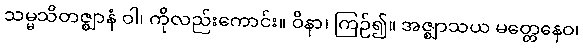
သမ္မသိတဇ္ဈာနံ ဝါ၊ ကိုလည်းကောင်း။ ဝိနာ၊ ကြဉ်၍။ အဇ္ဈာသယ မတ္တေနေဝ၊